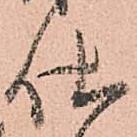
仕